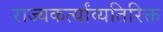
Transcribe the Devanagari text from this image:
राज्यकर्त्यांव्यतिरिक्त